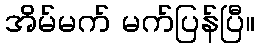
အိမ်မက် မက်ပြန်ပြီ။